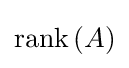
{\mbox{rank}}\,(A)